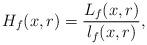
LaTeX: \begin{align*}H_f(x,r)=\frac{L_f(x,r)}{l_f(x,r)},\end{align*}